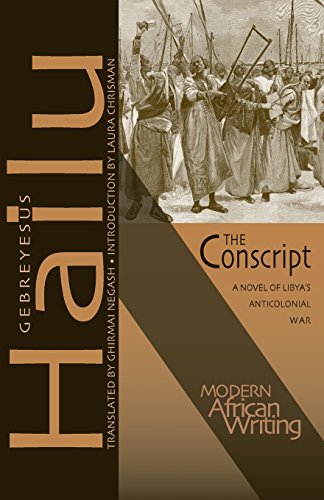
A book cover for The Conscript: A Novel of Libya's Anticolonial War (Modern African Writing Series); Gebreyesus Hailu; Literature & Fiction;